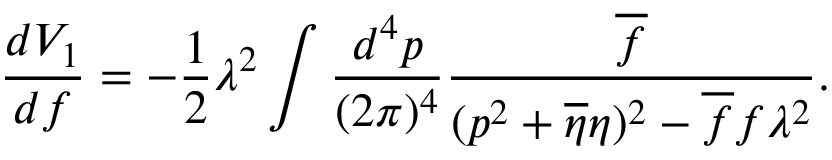
\frac { d V _ { 1 } } { d f } = - \frac { 1 } { 2 } \lambda ^ { 2 } \int \frac { d ^ { 4 } p } { ( 2 \pi ) ^ { 4 } } \frac { \overline { { { f } } } } { ( p ^ { 2 } + \overline { { { \eta } } } \eta ) ^ { 2 } - \overline { { { f } } } f \lambda ^ { 2 } } .